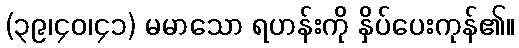
(၃၉၊၄၀၊၄၁) မမာသော ရဟန်းကို နှိပ်ပေးကုန်၏။